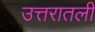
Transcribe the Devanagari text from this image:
उत्तरातली